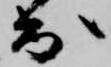
出